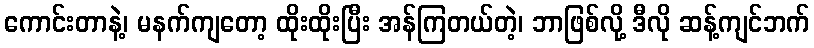
ကောင်းတာနဲ့၊ မနက်ကျတော့ ထိုးထိုးပြီး အန်ကြတယ်တဲ့၊ ဘာဖြစ်လို့ ဒီလို ဆန့်ကျင်ဘက်